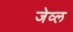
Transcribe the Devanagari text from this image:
जेव्ल